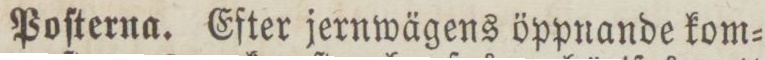
Poſterna. Efter jernwägens öppnande kom=